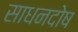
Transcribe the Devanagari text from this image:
साधनदोष